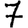
Digit: 7